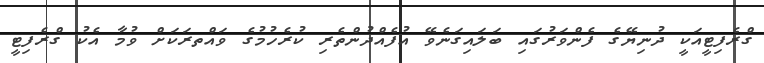
ގްރެފިޓީއަކީ ދުނިޔޭގެ ފެންވަރުގައި ބަލައިގަނެވޭ އުފެއްދުންތެރި ކުރެހުމުގެ ވައްތރަކަށް ވުމާ އެކު ގްރެފިޓީ